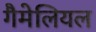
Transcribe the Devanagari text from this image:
गैमेलियल